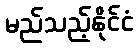
မည်သည့်နိုင်ငံ